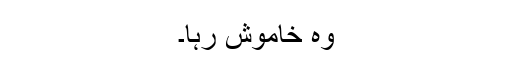
وہ خاموش رہا۔